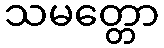
သမတ္တော